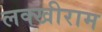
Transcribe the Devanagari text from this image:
लक्खीराम